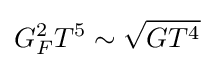
G_{F}^{2}T^{5}\sim {\sqrt {GT^{4}}}